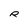
Character: R